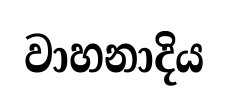
වාහනාදිය